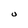
Character: U